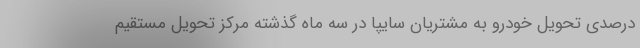
درصدی تحویل خودرو به مشتریان سایپا در سه ماه گذشته مرکز تحویل مستقیم